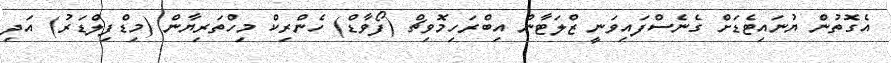
އެގޮތުން ޔުނައިޓެޑަށް ގެނެސްފައިވަނީ ޒްލަޓާން އިބްރަހިމޮވިޗް (ފޯވާޑް) ހެންރިކް މިހްތަރިޔާން (މިޑްފިލްޑަރު) އަދި